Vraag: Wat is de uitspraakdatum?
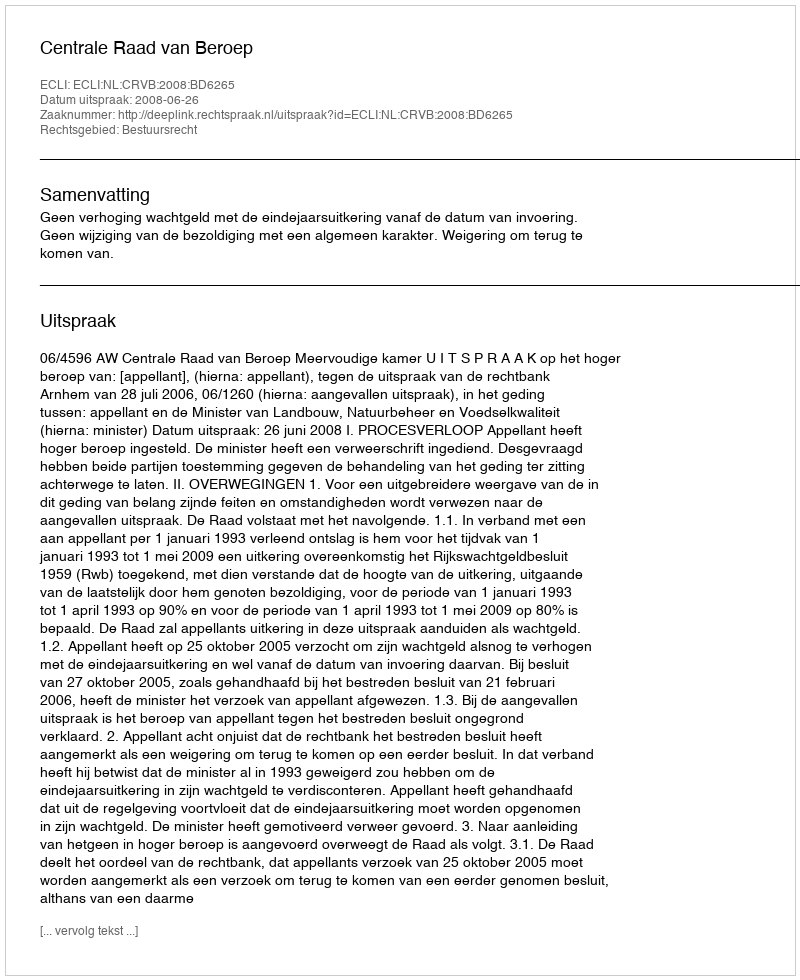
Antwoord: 2008-06-26